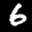
Label: 6